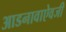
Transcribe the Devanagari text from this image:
आडनावाऐवजी